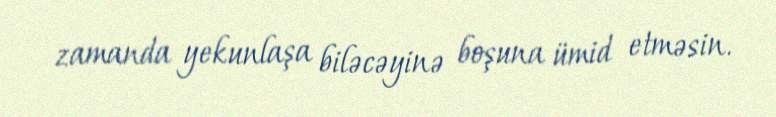
zamanda yekunlaşa biləcəyinə boşuna ümid etməsin.